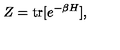
Z = \mathrm { t r } [ e ^ { - \beta H } ] ,